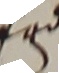
E